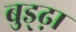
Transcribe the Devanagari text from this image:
बुड्ढ़ा